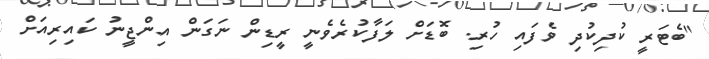
"ބެޓަރީ ކުދިކުދި ވެފައި ހުރި. ބޮޑަށް ލަފާކުރެވެނީ ރީޑިން ނަގަން އިންޖީނު ކައިރިއަށް